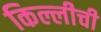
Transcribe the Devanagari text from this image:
किल्लीची